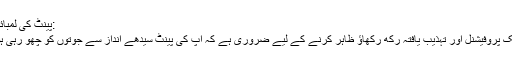
:پینٹ کی لمبائی
ایک پروفیشنل اور تہذیب یافتہ رکھ رکھاؤ ظاہر کرنے کے لیے ضروری ہے کہ آپ کی پینٹ سیدھے انداز سے جوتوں کو چھو رہی ہو۔